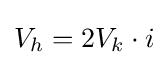
V_{h}=2V_{k}\cdot i